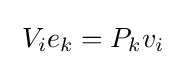
\;V_{i}e_{k}=P_{k}v_{i}